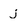
Character: j